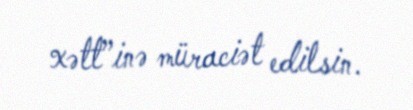
xətt”inə müraciət edilsin.